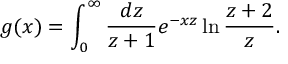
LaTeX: g ( x ) = \int _ { 0 } ^ { \infty } \frac { d z } { z + 1 } e ^ { - x z } \ln \frac { z + 2 } z .